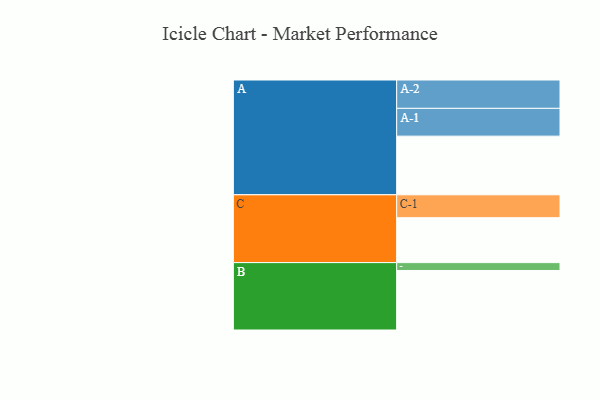
{"axis": {"x": "Segment", "y": "Value"}, "legend": ["", "A", "B", "C"], "data": [{"x": "A", "y": 538, "type": ""}, {"x": "B", "y": 546, "type": ""}, {"x": "C", "y": 412, "type": ""}, {"x": "A-1", "y": 255, "type": "A"}, {"x": "A-2", "y": 260, "type": "A"}, {"x": "B-1", "y": 72, "type": "B"}, {"x": "C-1", "y": 210, "type": "C"}]}